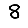
Digit: 8